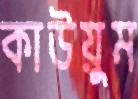
কাউয়ুম